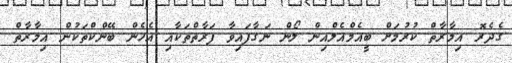
ގެދެރޮ އިމާރާތް ކުރުމަށް ބީއެމްއެލްއިން ލޯން ނަގާފައިވާ ފަރާތްތަކާއި އެހެން ބޭންކްތަކުން އިމާރާތް